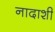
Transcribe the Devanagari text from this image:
नादाशी